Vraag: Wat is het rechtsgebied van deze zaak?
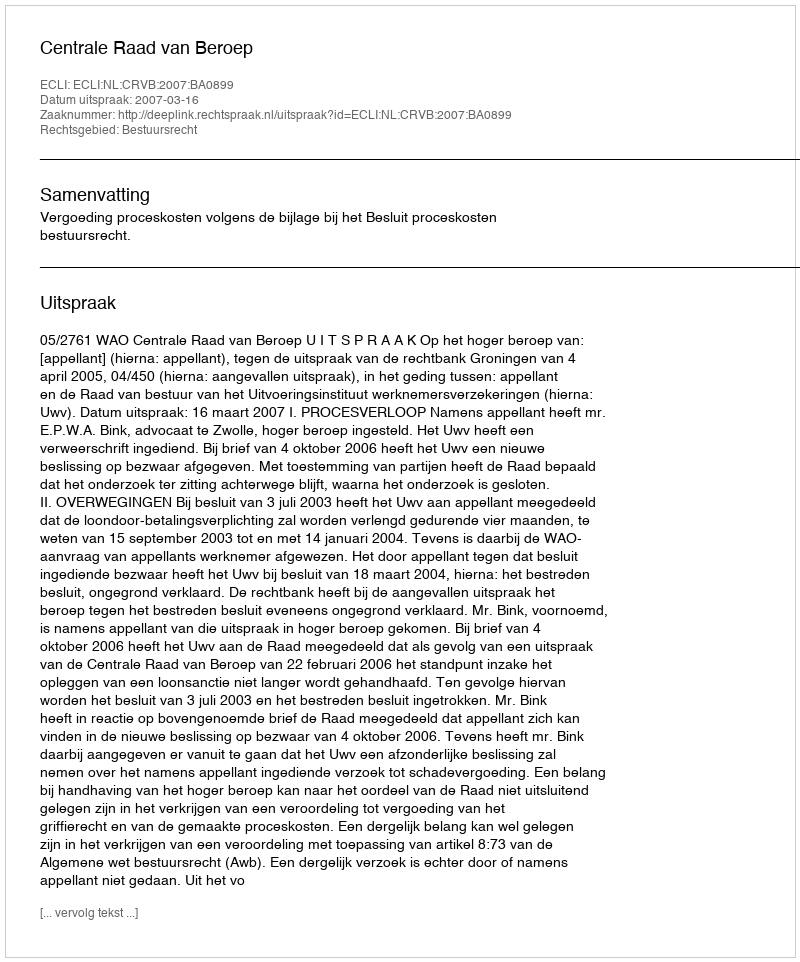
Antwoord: Bestuursrecht